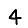
Digit: 4